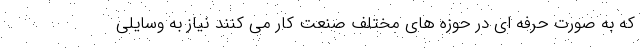
که به صورت حرفه ای در حوزه های مختلف صنعت کار می کنند نیاز به وسایلی